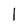
Character: 1